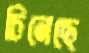
চিনেছে